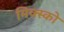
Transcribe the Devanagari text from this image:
मिक्स्को